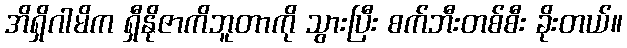
အိရှိဂါမိက ရှီနိုဇာကိဘူတာကို သွားပြီး စက်ဘီးတစ်စီး ခိုးတယ်။